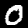
Label: 0